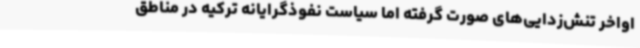
اواخر تنش‌زدایی‌های صورت گرفته اما سیاست نفوذگرایانه ترکیه در مناطق